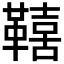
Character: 𮧦